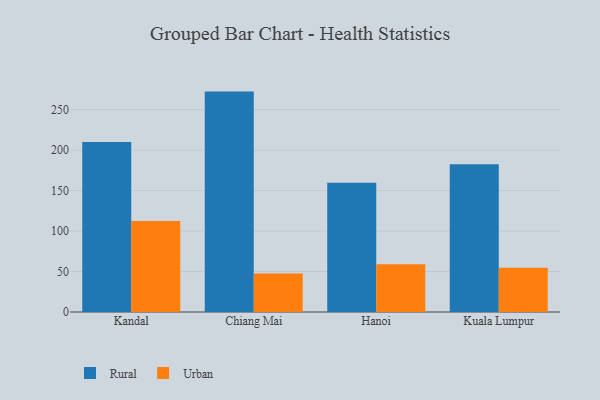
{"axis": {"x": "City", "y": "Backlog"}, "legend": ["Rural", "Urban"], "data": [{"x": "Kandal", "y": 209.9, "type": "Rural"}, {"x": "Kandal", "y": 112.4, "type": "Urban"}, {"x": "Chiang Mai", "y": 272.2, "type": "Rural"}, {"x": "Chiang Mai", "y": 47.4, "type": "Urban"}, {"x": "Hanoi", "y": 159.5, "type": "Rural"}, {"x": "Hanoi", "y": 59.1, "type": "Urban"}, {"x": "Kuala Lumpur", "y": 182.6, "type": "Rural"}, {"x": "Kuala Lumpur", "y": 54.8, "type": "Urban"}]}